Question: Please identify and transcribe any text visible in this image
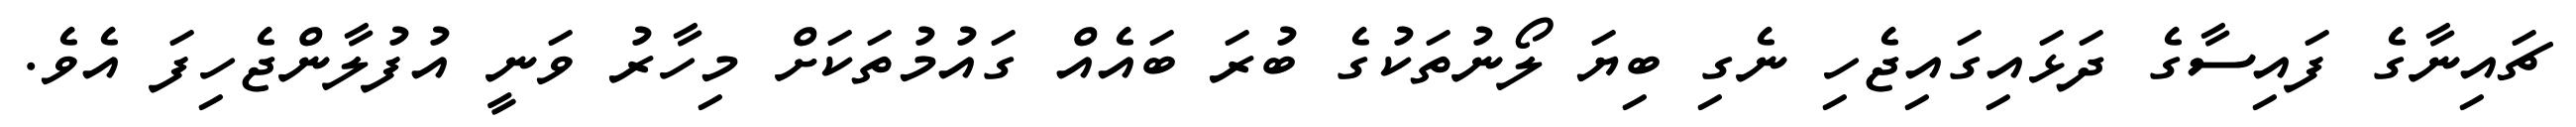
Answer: ޗައިނާގެ ފައިސާގެ ދަޅައިގައިޖެހި ނެގި ބިޔަ ލޯނުތަކުގެ ބުރަ ބައެއް ގައުމުތަކަށް މިހާރު ވަނީ އުފުލާންޖެހިފަ އެވެ.